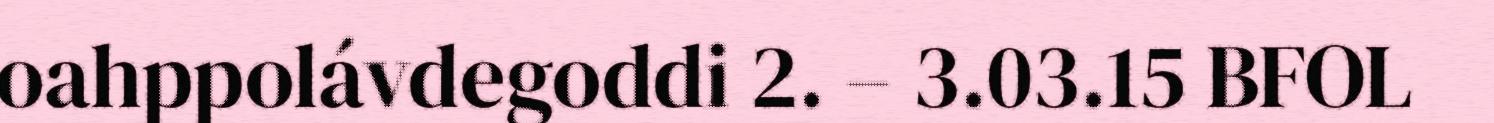
oahppolávdegoddi 2. – 3.03.15 BFOL